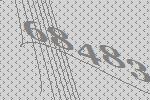
68483